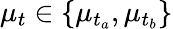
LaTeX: \mu_{t}\in\{ \mu_{t_{a}},\mu_{t_{b}}\}